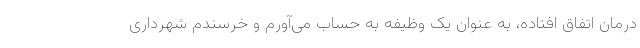
درمان اتفاق افتاده، به عنوان یک وظیفه به حساب می‌آورم و خرسندم شهرداری